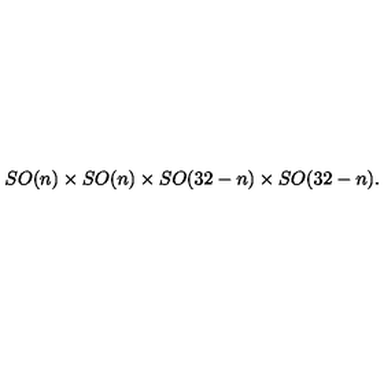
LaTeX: S O ( n ) \times S O ( n ) \times S O ( 3 2 - n ) \times S O ( 3 2 - n ) .